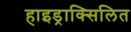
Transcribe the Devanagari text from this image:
हाइड्राक्सिलित